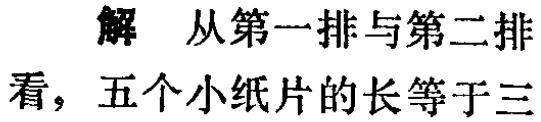
解 从第一排与第二排

看，五个小纸片的长等于三